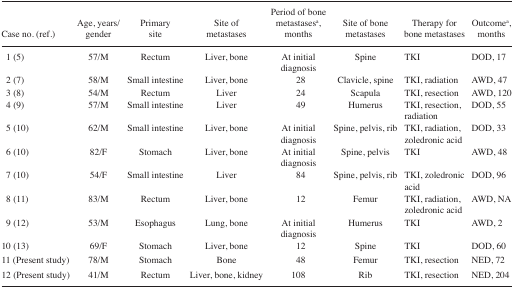
<table><thead><tr><td><b>Case no. (ref.)</b></td><td><b>Age, years/gender</b></td><td><b>Primary site</b></td><td><b>Site of metastases</b></td><td><b>Period of bone metastasesa, months</b></td><td><b>Site of bone metastases</b></td><td><b>Therapy for bone metastases</b></td><td><b>Outcomea, months</b></td></tr></thead><tbody><tr><td>1 (5)</td><td>57/M</td><td>Rectum</td><td>Liver, bone</td><td>At initial diagnosis</td><td>Spine</td><td>TKI</td><td>DOD, 17</td></tr><tr><td>2 (7)</td><td>58/M</td><td>Small intestine</td><td>Liver, bone</td><td>28</td><td>Clavicle, spine</td><td>TKI, radiation</td><td>AWD, 47</td></tr><tr><td>3 (8)</td><td>54/M</td><td>Rectum</td><td>Liver</td><td>24</td><td>Scapula</td><td>TKI, resection</td><td>AWD, 120</td></tr><tr><td>4 (9)</td><td>57/M</td><td>Small intestine</td><td>Liver</td><td>49</td><td>Humerus</td><td>TKI, resection, radiation</td><td>DOD, 55</td></tr><tr><td>5 (10)</td><td>62/M</td><td>Small intestine</td><td>Liver, bone</td><td>At initial diagnosis</td><td>Spine, pelvis, rib</td><td>TKI, radiation, zoledronic acid</td><td>DOD, 33</td></tr><tr><td>6 (10)</td><td>82/F</td><td>Stomach</td><td>Liver, bone</td><td>At initial diagnosis</td><td>Spine, pelvis</td><td>TKI</td><td>AWD, 48</td></tr><tr><td>7 (10)</td><td>54/F</td><td>Small intestine</td><td>Liver</td><td>84</td><td>Spine, pelvis, rib</td><td>TKI, zoledronic acid</td><td>DOD, 96</td></tr><tr><td>8 (11)</td><td>83/M</td><td>Rectum</td><td>Liver, bone</td><td>12</td><td>Femur</td><td>TKI, radiation, zoledronic acid</td><td>AWD, NA</td></tr><tr><td>9 (12)</td><td>53/M</td><td>Esophagus</td><td>Lung, bone</td><td>At initial diagnosis</td><td>Humerus</td><td>TKI</td><td>AWD, 2</td></tr><tr><td>10 (13)</td><td>69/F</td><td>Stomach</td><td>Liver, bone</td><td>12</td><td>Spine</td><td>TKI</td><td>DOD, 60</td></tr><tr><td>11 (Present study)</td><td>78/M</td><td>Stomach</td><td>Bone</td><td>48</td><td>Femur</td><td>TKI, resection</td><td>NED, 72</td></tr><tr><td>12 (Present study)</td><td>41/M</td><td>Rectum</td><td>Liver, bone, kidney</td><td>108</td><td>Rib</td><td>TKI, resection</td><td>NED, 204</td></tr></tbody></table>